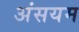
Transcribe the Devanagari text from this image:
अंसयम